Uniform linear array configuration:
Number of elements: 12
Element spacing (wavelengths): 0.5
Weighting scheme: uniform
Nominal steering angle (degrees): -15
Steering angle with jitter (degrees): -14.627
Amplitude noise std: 0.05
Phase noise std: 0.05

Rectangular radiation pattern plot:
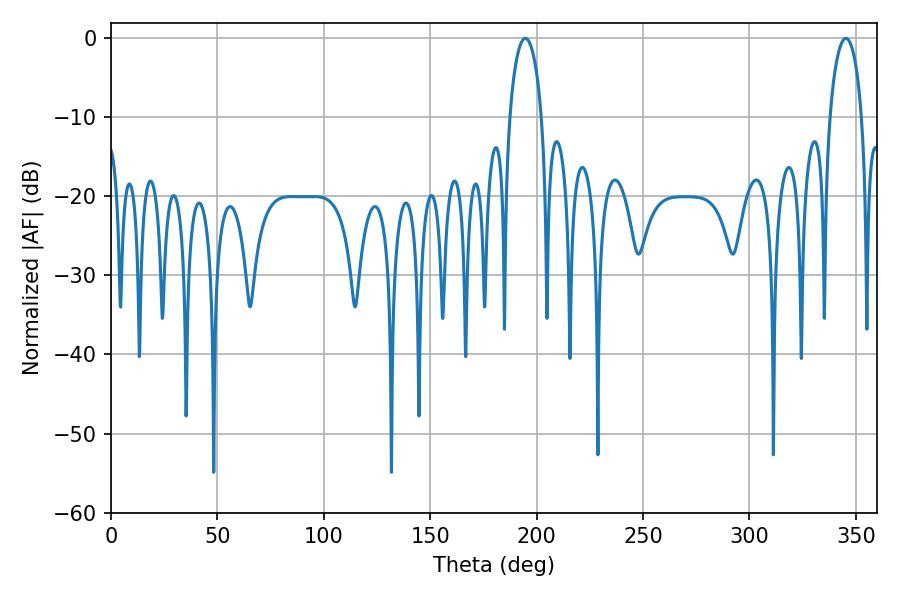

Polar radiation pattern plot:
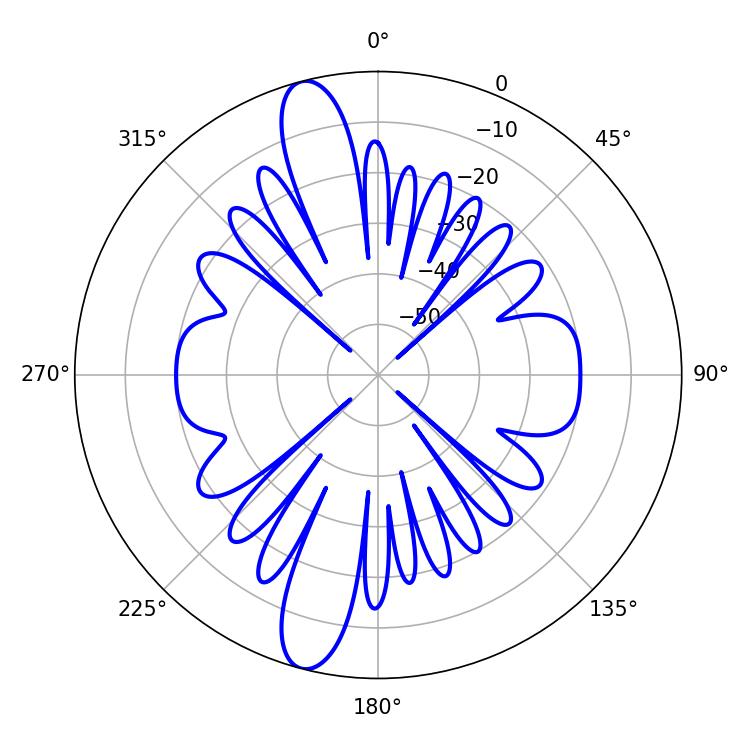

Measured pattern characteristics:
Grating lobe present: FALSE
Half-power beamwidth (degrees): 8.64
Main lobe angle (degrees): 194.76